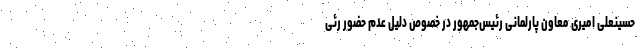
حسینعلی امیری معاون پارلمانی رئیس‌جمهور در خصوص دلیل عدم حضور رئی